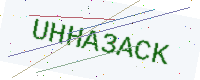
Text: UHHA3ACK